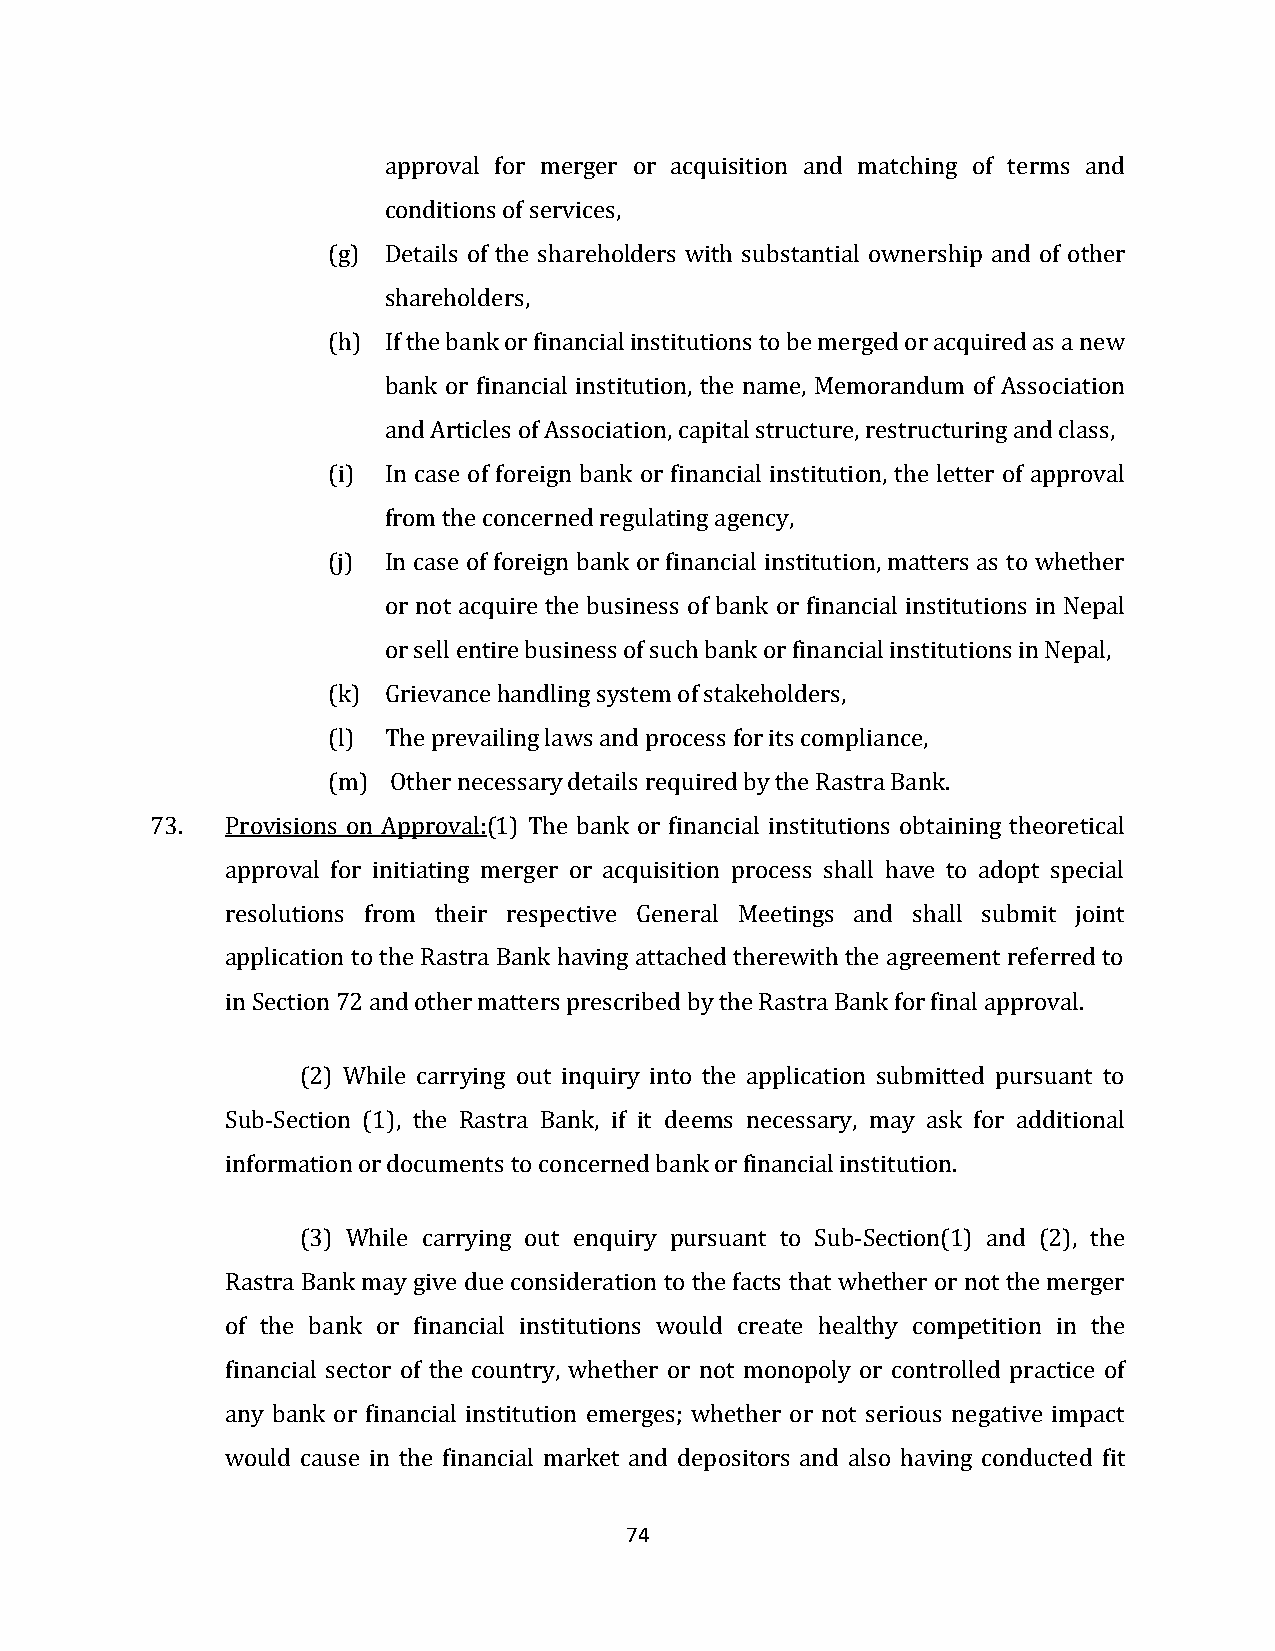
approval for merger or acquisition and matching of terms and
 conditions of services,
 (g) Details of the shareholders with substantial ownership and of other
 shareholders,
 (h) If the bank or financial institutions to be merged or acquired as a new
 bank or financial institution, the name, Memorandum of Association
 and Articles of Association, capital structure, restructuring and class,
 (i) In case of foreign bank or financial institution, the letter of approval
 from the concerned regulating agency,
 (j) In case of foreign bank or financial institution, matters as to whether
 or not acquire the business of bank or financial institutions in Nepal
 or sell entire business of such bank or financial institutions in Nepal,
 (k) Grievance handling system of stakeholders,
 (l) The prevailing laws and process for its compliance,
 (m) Other necessary details required by the Rastra Bank.
 73.  Provisions on Approval:(1) The bank or financial institutions obtaining theoretical
 approval for initiating merger or acquisition process shall have to adopt special
 resolutions from their respective General Meetings and shall submit joint
 application to the Rastra Bank having attached therewith the agreement referred to
 in Section 72 and other matters prescribed by the Rastra Bank for final approval.
 (2) While carrying out inquiry into the application submitted pursuant to
 Sub-Section (1), the Rastra Bank, if it deems necessary, may ask for additional
 information or documents to concerned bank or financial institution.
 (3) While carrying out enquiry pursuant to Sub-Section(1) and (2), the
 Rastra Bank may give due consideration to the facts that whether or not the merger
 of the bank or financial institutions would create healthy competition in the
 financial sector of the country, whether or not monopoly or controlled practice of
 any bank or financial institution emerges; whether or not serious negative impact
 would cause in the financial market and depositors and also having conducted fit
 74